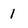
Character: 1